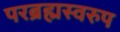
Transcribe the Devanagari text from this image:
परब्रह्मस्वरुप